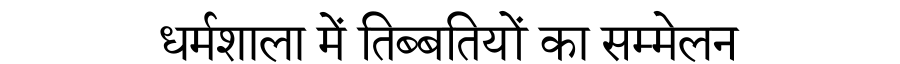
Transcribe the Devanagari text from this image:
धर्मशाला में तिब्बतियों का सम्मेलन